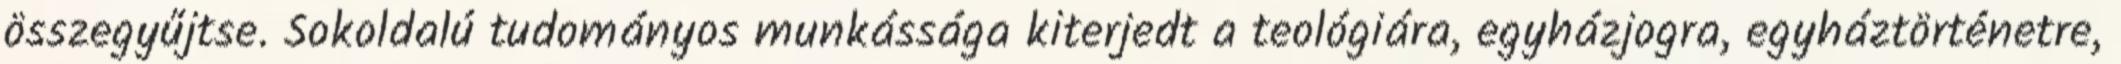
összegyűjtse. Sokoldalú tudományos munkássága kiterjedt a teológiára, egyházjogra, egyháztörténetre,